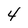
Character: 4